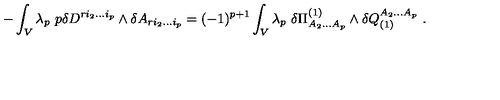
- \int _ { V } \lambda _ { p } \ p \delta D ^ { r i _ { 2 } . . . i _ { p } } \wedge \delta A _ { r i _ { 2 } . . . i _ { p } } = ( - 1 ) ^ { p + 1 } \int _ { V } \lambda _ { p } \ \delta \Pi _ { A _ { 2 } . . . A _ { p } } ^ { ( 1 ) } \wedge \delta Q _ { ( 1 ) } ^ { A _ { 2 } . . . A _ { p } } \ .